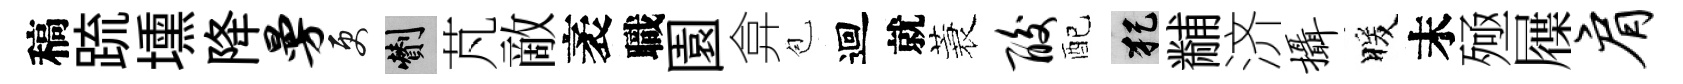
稿䟽壎降曼更剪芃敵袤職園弇苞迴就蓑酸配犯黼济摄暖末殛屧肩